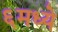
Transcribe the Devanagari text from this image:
६मध्ये